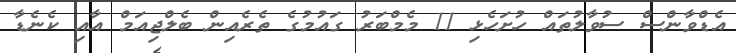
އެޑްވާންސް ސުވާލުތައް ހުށަހެޅި 11 މެމްބަރު ގައުމުގެ ތެރެއިން ބެލްޖިއަމް އާއި ކެނެޑާ